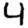
Digit: 4